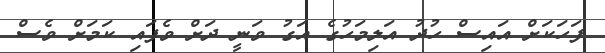
ފަހަކަށް އައިސް ހުދު އަލިމަހުގެ އަގު ވަނީ ދަށް ވެފައި ކަމަށް ވެސް